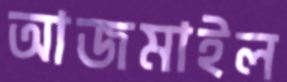
আজমাইল